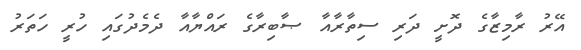
އޭރު ރާމިޒާގެ ދޮށީ ދަރި ސިތާރާއާ ޞާބިރާގެ ރައްޔާއާ ދެމެދުގައި ހުރީ ހަތަރު